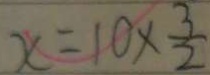
x = 1 0 \times \frac { 3 } { 2 }